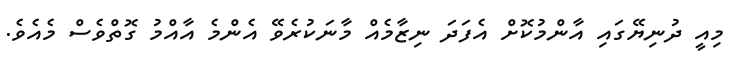
މިއީ ދުނިޔޭގައި އާންމުކޮށް އެފަދަ ނިޒާމެއް މާނަކުރެވޭ އެންމެ އާއްމު ގޮތްވެސް މެއެވެ.